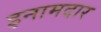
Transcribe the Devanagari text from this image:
इनामदार